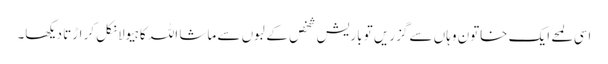
اسی لمحے ایک خاتون وہاں سے گزریں تو باریش شخص کے لبوں سے ماشا اللہ کا ہیولا نکل کر اڑتا دیکھا۔